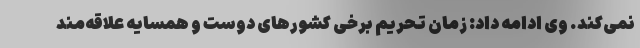
نمی‌کند. وی ادامه داد: زمان تحریم برخی کشورهای دوست و همسایه علاقه‌مند